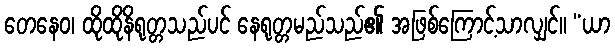
တေနေဝ၊ ထိုထိုနိရုတ္တသည်ပင် နေရုတ္တမည်သည်၏ အဖြစ်ကြောင့်သာလျှင်။ “ယာ